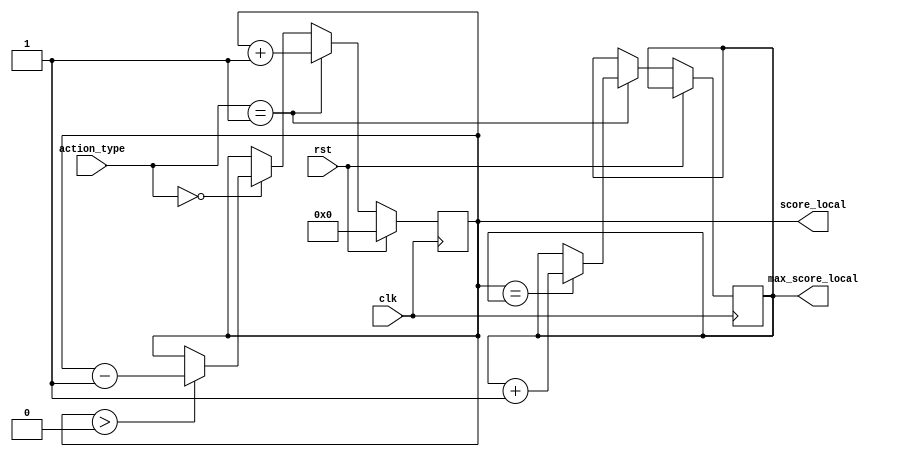
module score_module (action_type,score_local,max_score_local,clk,rst);
      // score module updates the score of the game that is to be displayed on the Seven Segment display of the FPGA
      // action_type getting from the check module
      input [1:0] action_type;
      input clk,rst;

      // scoring the score and max_score in a register locally in the score_module
      output reg [6:0] max_score_local;
      output reg [6:0] score_local;


      always @(posedge clk) begin
            // if rst is 1 , reset the score to 0
            if( rst==1'b1)  begin
                  score_local=7'b0000000;
            end
            // if we hit it correctly, then if current_score=max_score is true, update max_score, 
            // then update score_local always
            else if( action_type ==2'b01) begin
                  if(score_local==max_score_local)
                      max_score_local=max_score_local+1;
                  score_local=score_local+1;
            end
            // if user misses, then decrease score by 1 , if it is greater than 0
            else if( action_type==2'b00) begin
                if( score_local>0)
                    score_local=score_local-1;
            end
            // if we get a don't care case , just pass the previous value to this updation
            else begin
                  max_score_local=max_score_local;
                  score_local=score_local;
            end
      end
      
endmodule